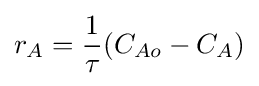
r_{A}={\frac {1}{\tau }}(C_{Ao}-C_{A})